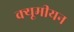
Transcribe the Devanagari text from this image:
क्यूमीयन